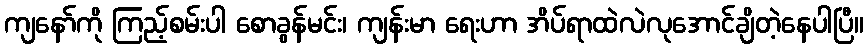
ကျနော်ကို ကြည့်စမ်းပါ စောခွန်မင်း၊ ကျန်းမာ ရေးဟာ အိပ်ရာထဲလဲလုအောင်ချိတဲ့နေပါပြီ။